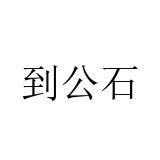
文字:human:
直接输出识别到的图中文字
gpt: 到公石